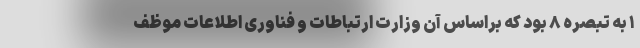
۱ به تبصره ۸ بود که براساس آن وزارت ارتباطات و فناوری اطلاعات موظف